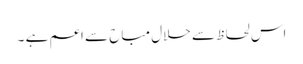
اس لحاظ سے حلال مباح سے اعم ہے ۔